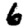
Digit: 6